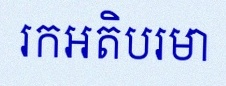
រកអតិបរមា